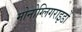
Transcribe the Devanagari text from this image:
मोनोग्लिगराइडों